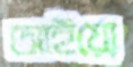
আইয়্যে